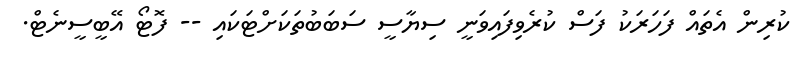
ކުރިން އެތައް ފަހަރަކު ފަސް ކުރެވިފައިވަނީ ސިޔާސީ ސަބަބުތަކަށްޓަކައި -- ފޮޓޯ އޭބީސީނެޓް.